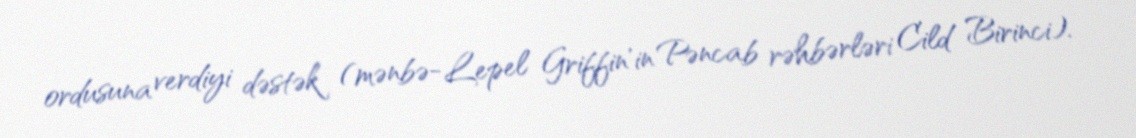
ordusuna verdiyi dəstək (mənbə-Lepel Griffin'in Pəncab rəhbərləri Cild Birinci).